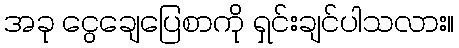
အခု ငွေချေပြေစာကို ရှင်းချင်ပါသလား။